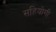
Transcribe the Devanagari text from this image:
सहियोगी